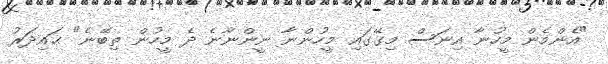
"އެންމެން މީހުނާ އިނަސް މިގޭގައި މީހުންނާ ނީންނާނެ ދެ މީހުން ތިބޭނެ" ޙައިދަރު